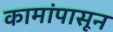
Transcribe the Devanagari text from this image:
कामांपासून